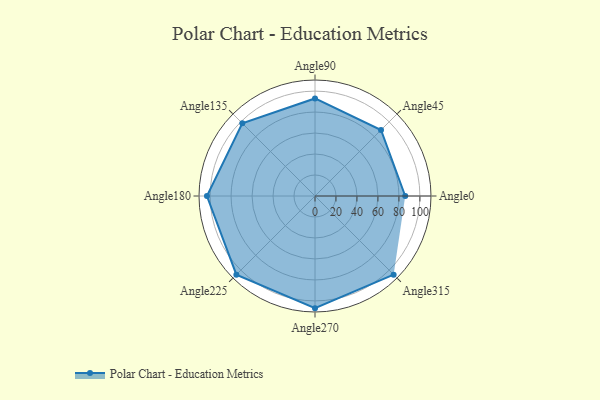
{"axis": {"x": "Angle", "y": "Radius"}, "legend": [""], "data": [{"x": "Angle0", "y": 86.0, "type": ""}, {"x": "Angle45", "y": 89.0, "type": ""}, {"x": "Angle90", "y": 93.0, "type": ""}, {"x": "Angle135", "y": 98.0, "type": ""}, {"x": "Angle180", "y": 103.0, "type": ""}, {"x": "Angle225", "y": 106.0, "type": ""}, {"x": "Angle270", "y": 107.0, "type": ""}, {"x": "Angle315", "y": 106.0, "type": ""}]}